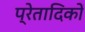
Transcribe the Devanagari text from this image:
प्रेतादिकों